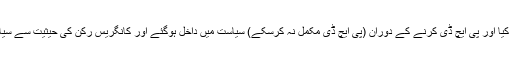
اکنامکس سے ماسٹرس کیا اور پی ایچ ڈی کرنے کے دوران (پی ایچ ڈی مکمل نہ کرسکے) سیاست میں داخل ہوگئے اور کانگریس رکن کی حیثیت سے سیاسی کیرئیر کا آغاز کیا۔